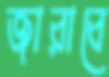
জারাবে